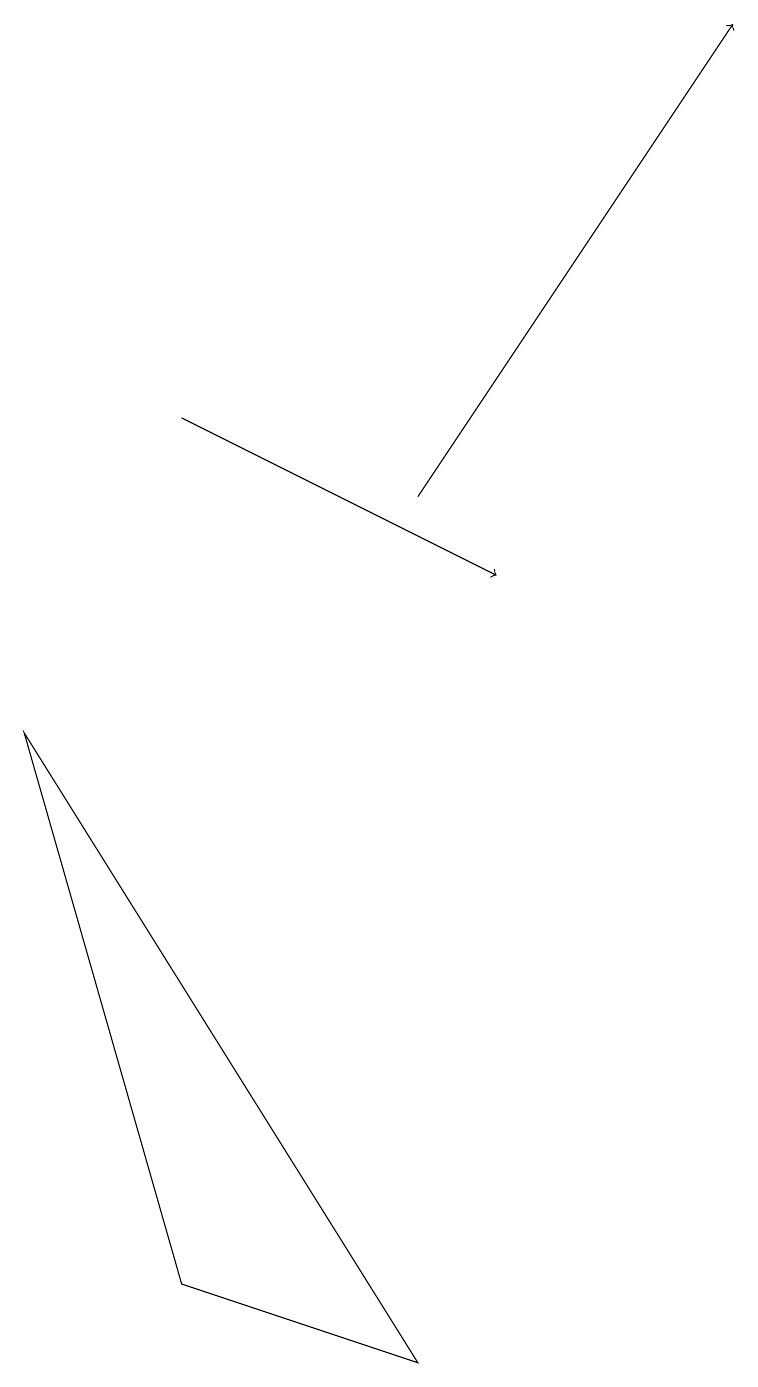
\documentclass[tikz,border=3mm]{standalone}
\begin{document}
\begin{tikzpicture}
\draw[->] (5,11) -- (9,17);
\draw[->] (2,12) -- (6,10);
\draw (2,1) -- (0,8) -- (5,0) -- cycle;
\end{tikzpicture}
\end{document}